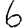
Digit: 6